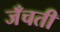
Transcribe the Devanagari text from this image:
जँचती